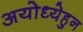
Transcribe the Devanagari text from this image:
अयोध्येहुन